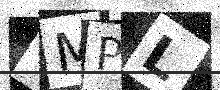
Text: 4MPL